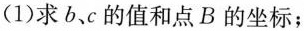
(1)求b、c的值和点B的坐标；